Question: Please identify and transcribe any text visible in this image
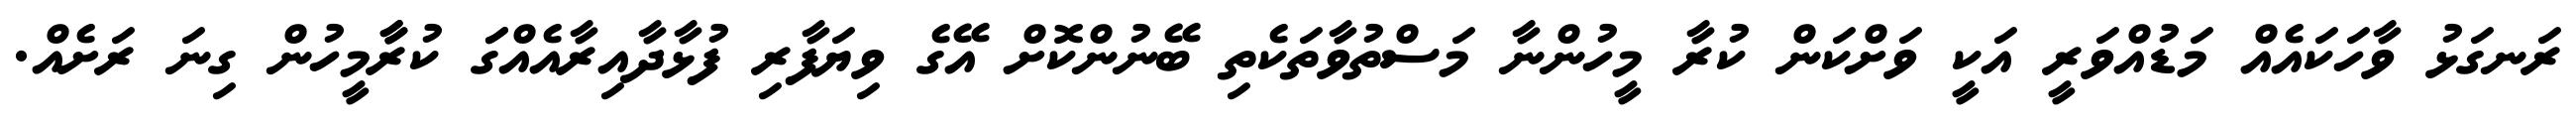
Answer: ރަނގަޅު ވާހަކައެއް މަޑުއްވަރީ އަކީ ވަށްކަން ކުރާ މީހުންނާ މަސްތުވާތަކެތި ބޭނުންކޮށް އޭގެ ވިޔަފާރި ފުޅާދާއިރާއެއްގަަ ކުރާާމީހުން ގިނަ ރަށެއް.